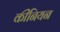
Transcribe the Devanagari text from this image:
कीनियन